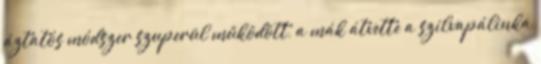
áztatós módszer szuperül működött, a mák átvette a szilvapálinka